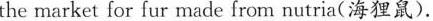
the market for fur made from nutria(海狸鼠).